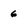
Character: 6